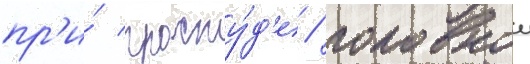
пр'и́ просту́д'е / головнои